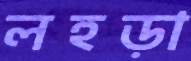
লহড়া